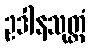
ဥဒါနသုတ္တံ